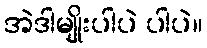
အဲဒါမျိုးပါပဲ ပါပဲ။